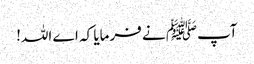
آپﷺ نے فرمایا کہ اے اللہ!